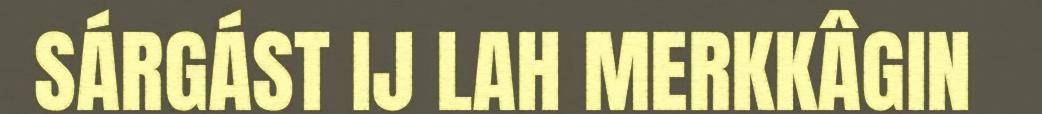
SÁRGÁST IJ LAH MERKKÂGIN